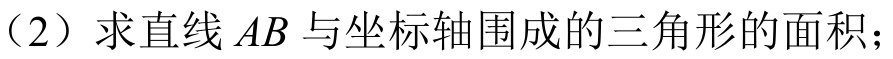
（2）求直线\(AB\)与坐标轴围成的三角形的面积；